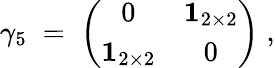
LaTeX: \gamma_{5}\; =\; \left(\begin{array}{cc}{{0}}&{{{\mathbf 1}_{2\times 2}}}\\ {{{\mathbf 1}_{2\times 2}}}&{{0}}\end{array}\right)\; ,